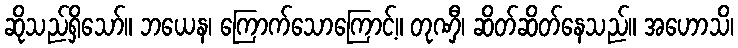
ဆိုသည်ရှိသော်။ ဘယေန၊ ကြောက်သောကြောင့်။ တုဏှီ၊ ဆိတ်ဆိတ်နေသည်။ အဟောသိ၊